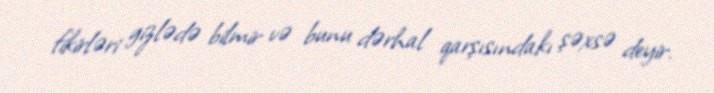
fikirləri gizlədə bilmir və bunu dərhal qarşısındakı şəxsə deyir.